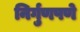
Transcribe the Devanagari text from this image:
निर्गुणपणे